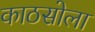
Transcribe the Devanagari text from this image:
काठसोला